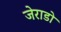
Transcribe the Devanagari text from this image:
जेराडो